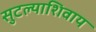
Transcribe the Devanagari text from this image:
सुटल्याशिवाय